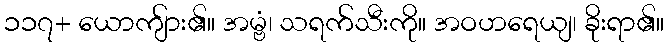
၁၁၇+ ယောကျ်ား၏။ အမ္ဗံ၊ သရက်သီးကို။ အဝဟရေယျ၊ ခိုးရာ၏။